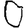
Digit: 0